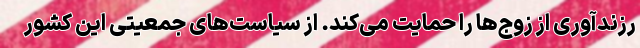
رزندآوری از زوج‌ها را حمایت می‌کند. از سیاست‌های جمعیتی این کشور